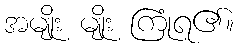
အမျိုး မျိုး ကြုံရ၏။